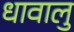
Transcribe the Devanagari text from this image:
धावालु